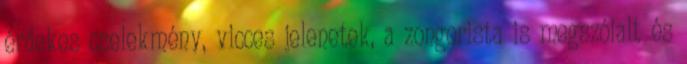
érdekes cselekmény, vicces jelenetek, a zongorista is megszólalt és